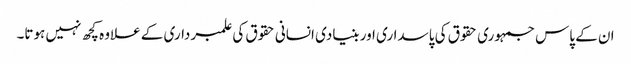
ان کے پاس جمہوری حقوق کی پاسداری اور بنیادی انسانی حقوق کی علمبرداری کے علاوہ کچھ نہیں ہوتا۔